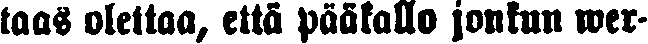
taas olettaa, että pääkallo jonkin wer-